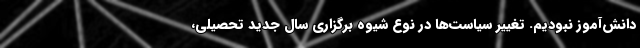
دانش‌آموز نبودیم. تغییر سیاست‌ها در نوع شیوه برگزاری سال جدید تحصیلی،